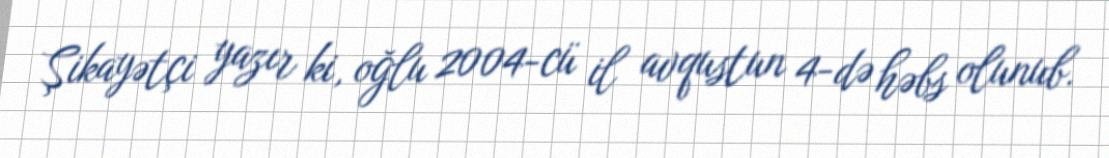
Şikayətçi yazır ki, oğlu 2004-cü il avqustun 4-də həbs olunub.